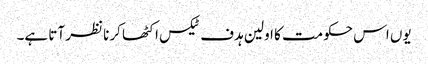
یوں اس حکومت کا اولین ہدف ٹیکس اکٹھا کرنا نظر آتا ہے۔